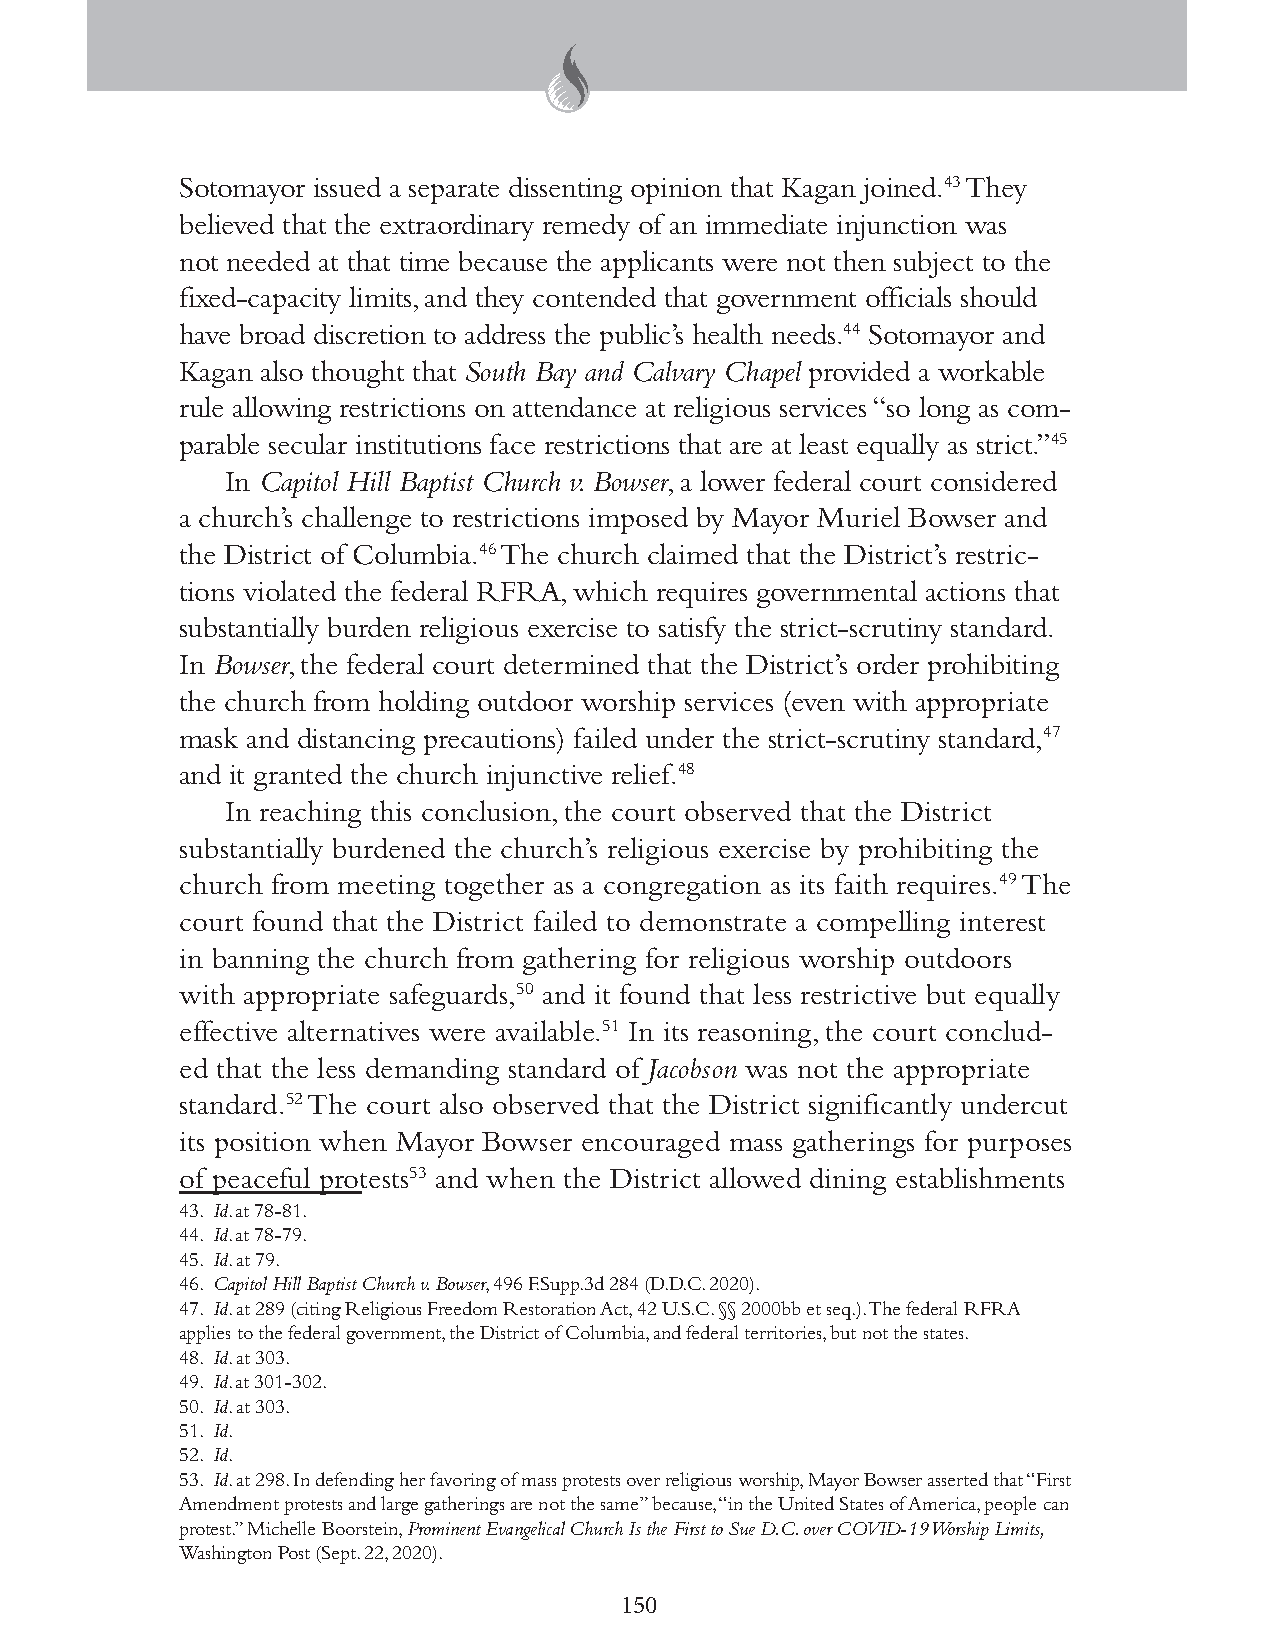
Sotomayor issued a separate dissenting opinion that Kagan joined.43 They
 believed that the extraordinary remedy of an immediate injunction was
 not needed at that time because the applicants were not then subject to the
 fixed-capacity limits, and they contended that government officials should
 have broad discretion to address the public’s health needs.44 Sotomayor and
 Kagan also thought that South Bay and Calvary Chapel provided a workable
 rule allowing restrictions on attendance at religious services “so long as com-
 parable secular institutions face restrictions that are at least equally as strict.”45
 In Capitol Hill Baptist Church v. Bowser, a lower federal court considered
 a church’s challenge to restrictions imposed by Mayor Muriel Bowser and
 the District of Columbia.46 The church claimed that the District’s restric-
 tions violated the federal RFRA, which requires governmental actions that
 substantially burden religious exercise to satisfy the strict-scrutiny standard.
 In Bowser, the federal court determined that the District’s order prohibiting
 the church from holding outdoor worship services (even with appropriate
 mask and distancing precautions) failed under the strict-scrutiny standard,47
 and it granted the church injunctive relief.48
 In reaching this conclusion, the court observed that the District
 substantially burdened the church’s religious exercise by prohibiting the
 church from meeting together as a congregation as its faith requires.49 The
 court found that the District failed to demonstrate a compelling interest
 in banning the church from gathering for religious worship outdoors
 with appropriate safeguards,50 and it found that less restrictive but equally
 effective alternatives were available.51 In its reasoning, the court conclud-
 ed that the less demanding standard of Jacobson was not the appropriate
 standard.52 The court also observed that the District significantly undercut
 its position when Mayor Bowser encouraged mass gatherings for purposes
 of peaceful protests53 and when the District allowed dining establishments
 43. Id. at 78-81.
 44. Id. at 78-79.
 45. Id. at 79.
 46. Capitol Hill Baptist Church v. Bowser, 496 F.Supp.3d 284 (D.D.C. 2020).
 47. Id. at 289 (citing Religious Freedom Restoration Act, 42 U.S.C. §§ 2000bb et seq.). The federal RFRA
 applies to the federal government, the District of Columbia, and federal territories, but not the states.
 48. Id. at 303.
 49. Id. at 301-302.
 50. Id. at 303.
 51. Id.
 52. Id.
 53. Id. at 298. In defending her favoring of mass protests over religious worship, Mayor Bowser asserted that “First
 Amendment protests and large gatherings are not the same” because, “in the United States of America, people can
 protest.” Michelle Boorstein, Prominent Evangelical Church Is the First to Sue D.C. over COVID-19 Worship Limits,
 Washington Post (Sept. 22, 2020).
 150